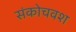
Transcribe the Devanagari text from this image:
संकोचवश